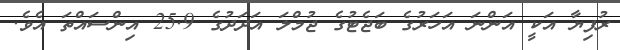
ރުފިޔާ އަކީ އަންނަ އަހަރުގެ ބަޖެޓުގެ ޖުމްލަ އަދަދުގެ 25.9 އިންސައްތަ އެވެ.